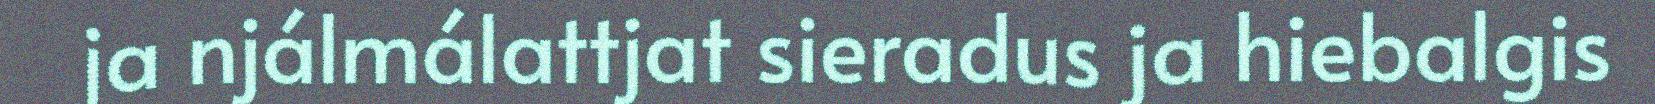
ja njálmálattjat sieradus ja hiebalgis